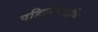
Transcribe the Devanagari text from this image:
पहिल्याआणि